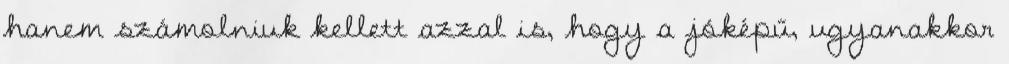
hanem számolniuk kellett azzal is, hogy a jóképű, ugyanakkor